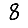
Digit: 8